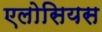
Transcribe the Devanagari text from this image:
एलोसियस